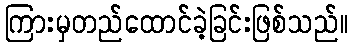
ကြားမှတည်ထောင်ခဲ့ခြင်းဖြစ်သည်။